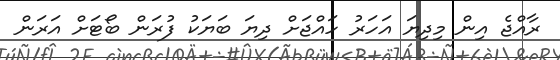
ރާއްޖެ އިން މިދިޔަ އަހަރު ހައްޖަށް ދިޔަ ބަޔަކު ފުރަން ބޯޓަށް އަރަން